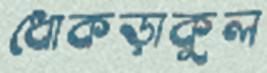
ধোকড়াকুল